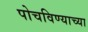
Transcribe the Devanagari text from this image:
पोचविण्याच्या